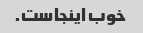
خوب اینجاست.